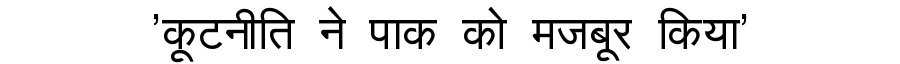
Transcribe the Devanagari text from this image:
'कूटनीति ने पाक को मजबूर किया'